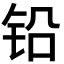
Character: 铅